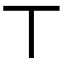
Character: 丅